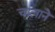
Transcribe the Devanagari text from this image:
चालाने